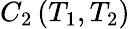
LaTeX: C_{2}\left(T_{1},T_{2}\right)